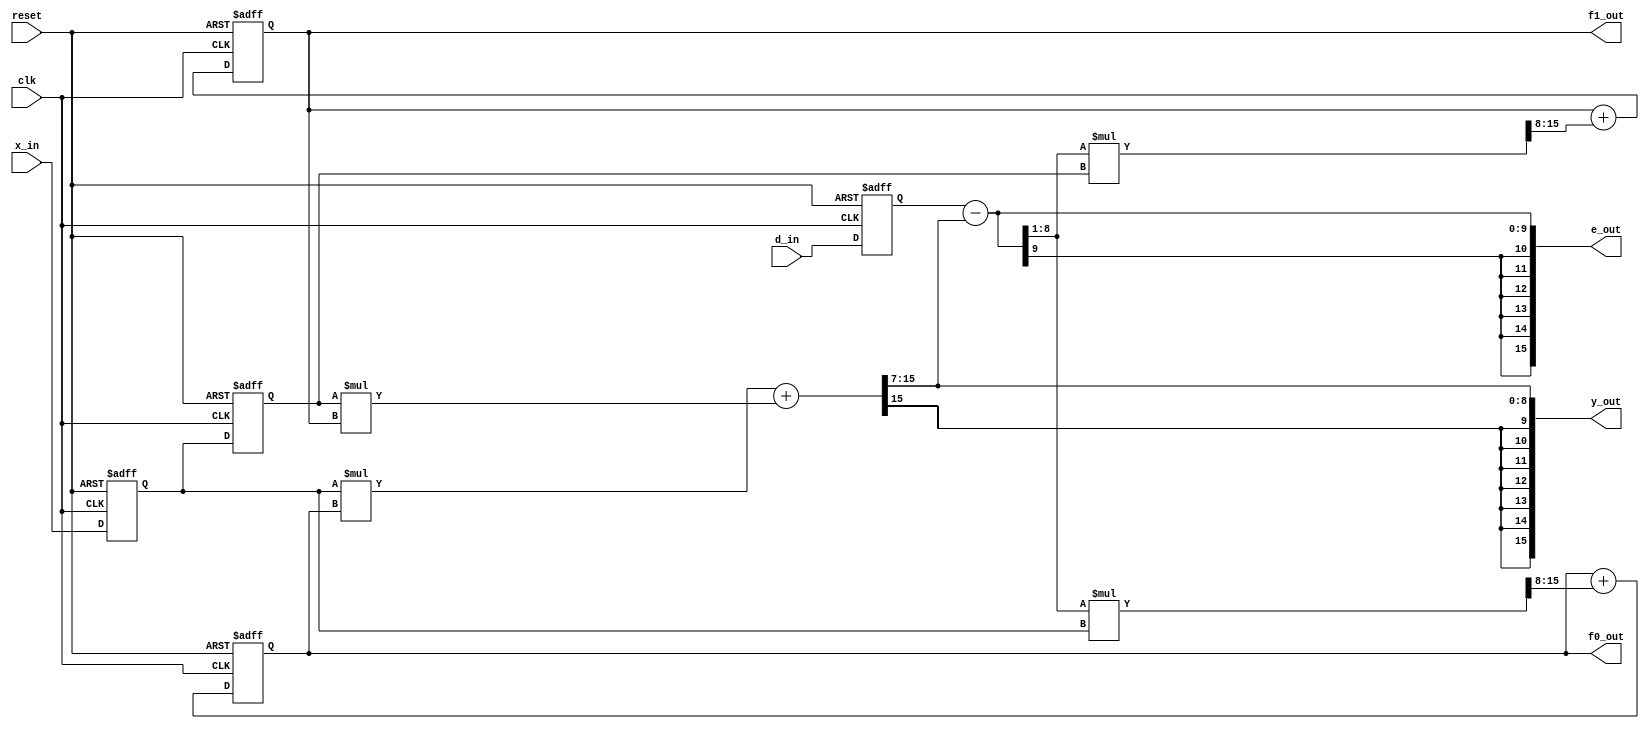
//*********************************************************
// IEEE STD 1364-2001 Verilog file: fir_lms.v
// Author-EMAIL: Uwe.Meyer-Baese@ieee.org
//*********************************************************
// This is a generic LMS FIR filter generator
// It uses W1 bit data/coefficients bits

module fir_lms  //----> Interface
#(parameter W1 = 8,  // Input bit width
W2 = 16,  // Multiplier bit width 2*W1
L = 2,  // Filter length
Delay = 3) // Pipeline steps of multiplier
( input clk,  // System clock
  input reset,  // Asynchronous reset
  input signed [W1-1:0] x_in,  //System input
  input signed [W1-1:0] d_in,  // Reference input
  output signed [W1-1:0] f0_out, // 1. filter coefficient
  output signed [W1-1:0] f1_out, // 2. filter coefficient
  output signed [W2-1:0] y_out, // System output
  output signed [W2-1:0] e_out); // Error signal

// --------------------------------------------------------
// Signed data types are supported in 2001
// Verilog, and used whenever possible
reg signed [W1-1:0] x [0:1]; // Data array
reg signed [W1-1:0] f [0:1]; // Coefficient array
reg signed [W1-1:0] d;
wire signed [W1-1:0] emu;
reg signed [W2-1:0] p [0:1]; // 1. Product array
reg signed [W2-1:0] xemu [0:1]; // 2. Product array
wire signed [W2-1:0] y, sxty, e, sxtd;
wire signed [W2-1:0] sum; // Auxilary signals

always @(posedge clk or posedge reset) begin: Store  // Store these data or coefficients
    if (reset) begin  // Asynchronous clear
        d <= 0; 
        x[0] <= 0; 
        x[1] <= 0; 
        f[0] <= 0; 
        f[1] <= 0;
    end else begin
        d <= d_in; // Store desired signal in register
        x[0] <= x_in; // Get one data sample at a time
        x[1] <= x[0];  // shift 1
        f[0] <= f[0] + xemu[0][15:8]; // implicit divide by 2
        f[1] <= f[1] + xemu[1][15:8];
    end
end

// Instantiate L multiplier
always @(*) begin : MulGen1
    integer I;  // loop variable
    for (I=0; I<L; I=I+1)
        p[I] <= x[I] * f[I];
end

assign y = p[0] + p[1]; // Compute ADF output

// Scale y by 128 because x is fraction
assign e = d - ( y >>> 7 );
assign emu = e >>> 1; // e*mu divide by 2 and

// 2 from xemu makes mu=1/4
// Instantiate L multipliers
always @(*) begin : MulGen2
    integer I;  // loop variable
    for (I=0; I<=L-1; I=I+1) 
        xemu[I] <= emu * x[I];
end

assign y_out = y >>> 7; // Monitor some test signals
assign e_out = e;
assign f0_out = f[0];
assign f1_out = f[1];

endmodule